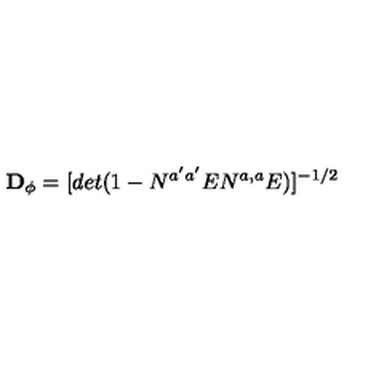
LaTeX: { \bf D _ { \phi } } = [ d e t ( 1 - N ^ { a ^ { \prime } a ^ { \prime } } E N ^ { a , a } E ) ] ^ { - 1 / 2 } \,